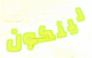
لينكون